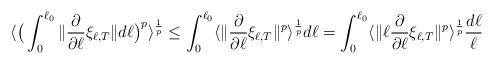
LaTeX: \begin{align*}\langle\big(\int_0^{\ell_0}\|\frac{\partial}{\partial \ell} \xi_{\ell,T}\|d\ell\big)^p\rangle^\frac{1}{p}&\le\int_0^{\ell_0}\langle\|\frac{\partial}{\partial \ell} \xi_{\ell,T}\|^p\rangle^\frac{1}{p}d\ell=\int_0^{\ell_0}\langle\|\ell\frac{\partial}{\partial \ell} \xi_{\ell,T}\|^p\rangle^\frac{1}{p}\frac{d\ell}{\ell}\end{align*}